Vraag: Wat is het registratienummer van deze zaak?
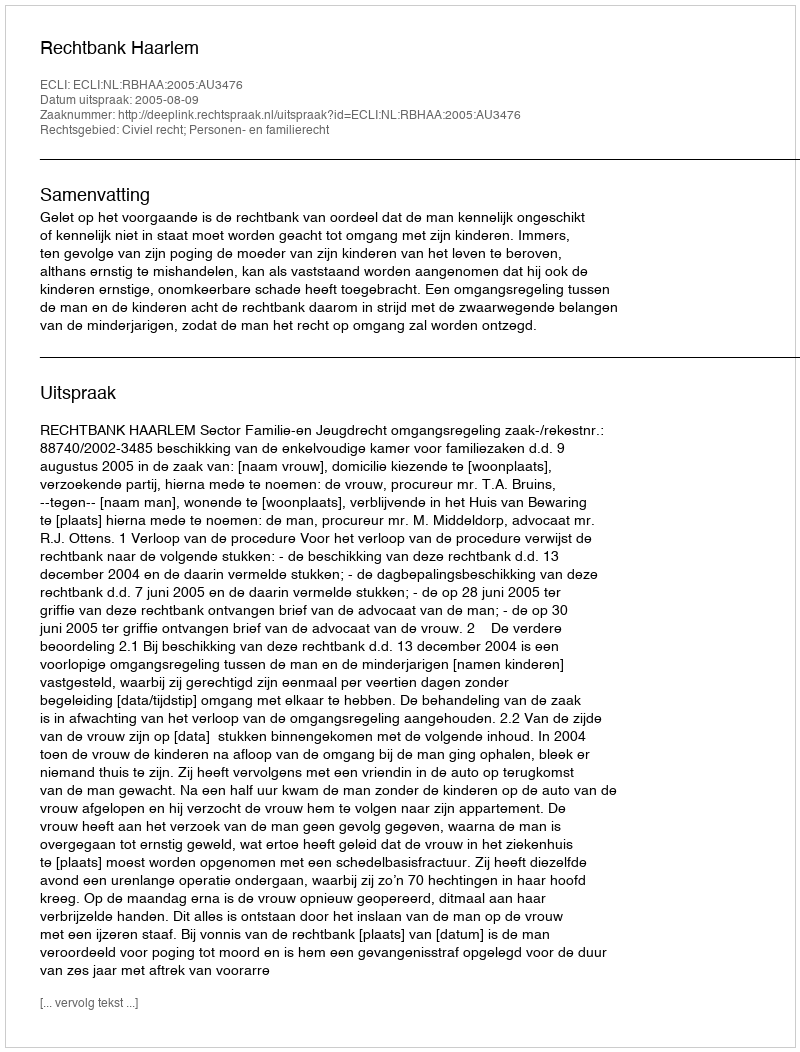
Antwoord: http://deeplink.rechtspraak.nl/uitspraak?id=ECLI:NL:RBHAA:2005:AU3476